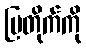
ပြတိုက်ကို